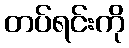
တပ်ရင်းကို